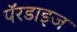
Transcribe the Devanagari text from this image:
पॅरडाइज